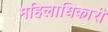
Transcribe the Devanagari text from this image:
महिलाधिकारी